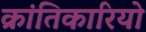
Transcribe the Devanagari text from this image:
क्रांतिकारियो